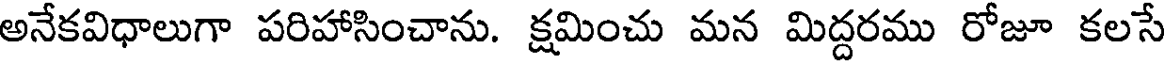
అనేకవిధాలుగా పరిహాసించాను. క్షమించు మన మిద్దరము రోజూ కలసే